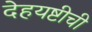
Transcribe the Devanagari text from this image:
देहयष्टीची